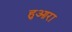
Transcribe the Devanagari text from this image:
हुआरा